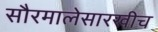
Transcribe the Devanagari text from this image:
सौरमालेसारखीच